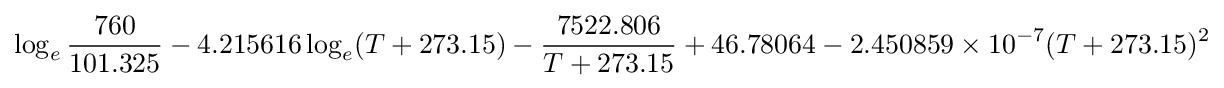
\log _{e}{\frac {760}{101.325}}-4.215616\log _{e}(T+273.15)-{\frac {7522.806}{T+273.15}}+46.78064-2.450859\times 10^{-7}(T+273.15)^{2}